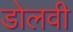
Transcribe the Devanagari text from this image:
डोलवी